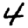
Digit: 4